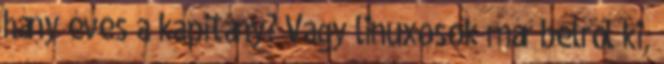
hány éves a kapitány? Vagy linuxosok már belről ki,